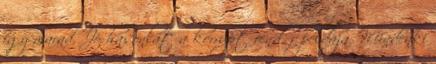
így marad. Jó hasonlat a korrupt rendőr példája. Mindenki